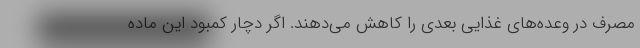
مصرف در وعده‌های غذایی بعدی را کاهش می‌دهند. اگر دچار کمبود این ماده